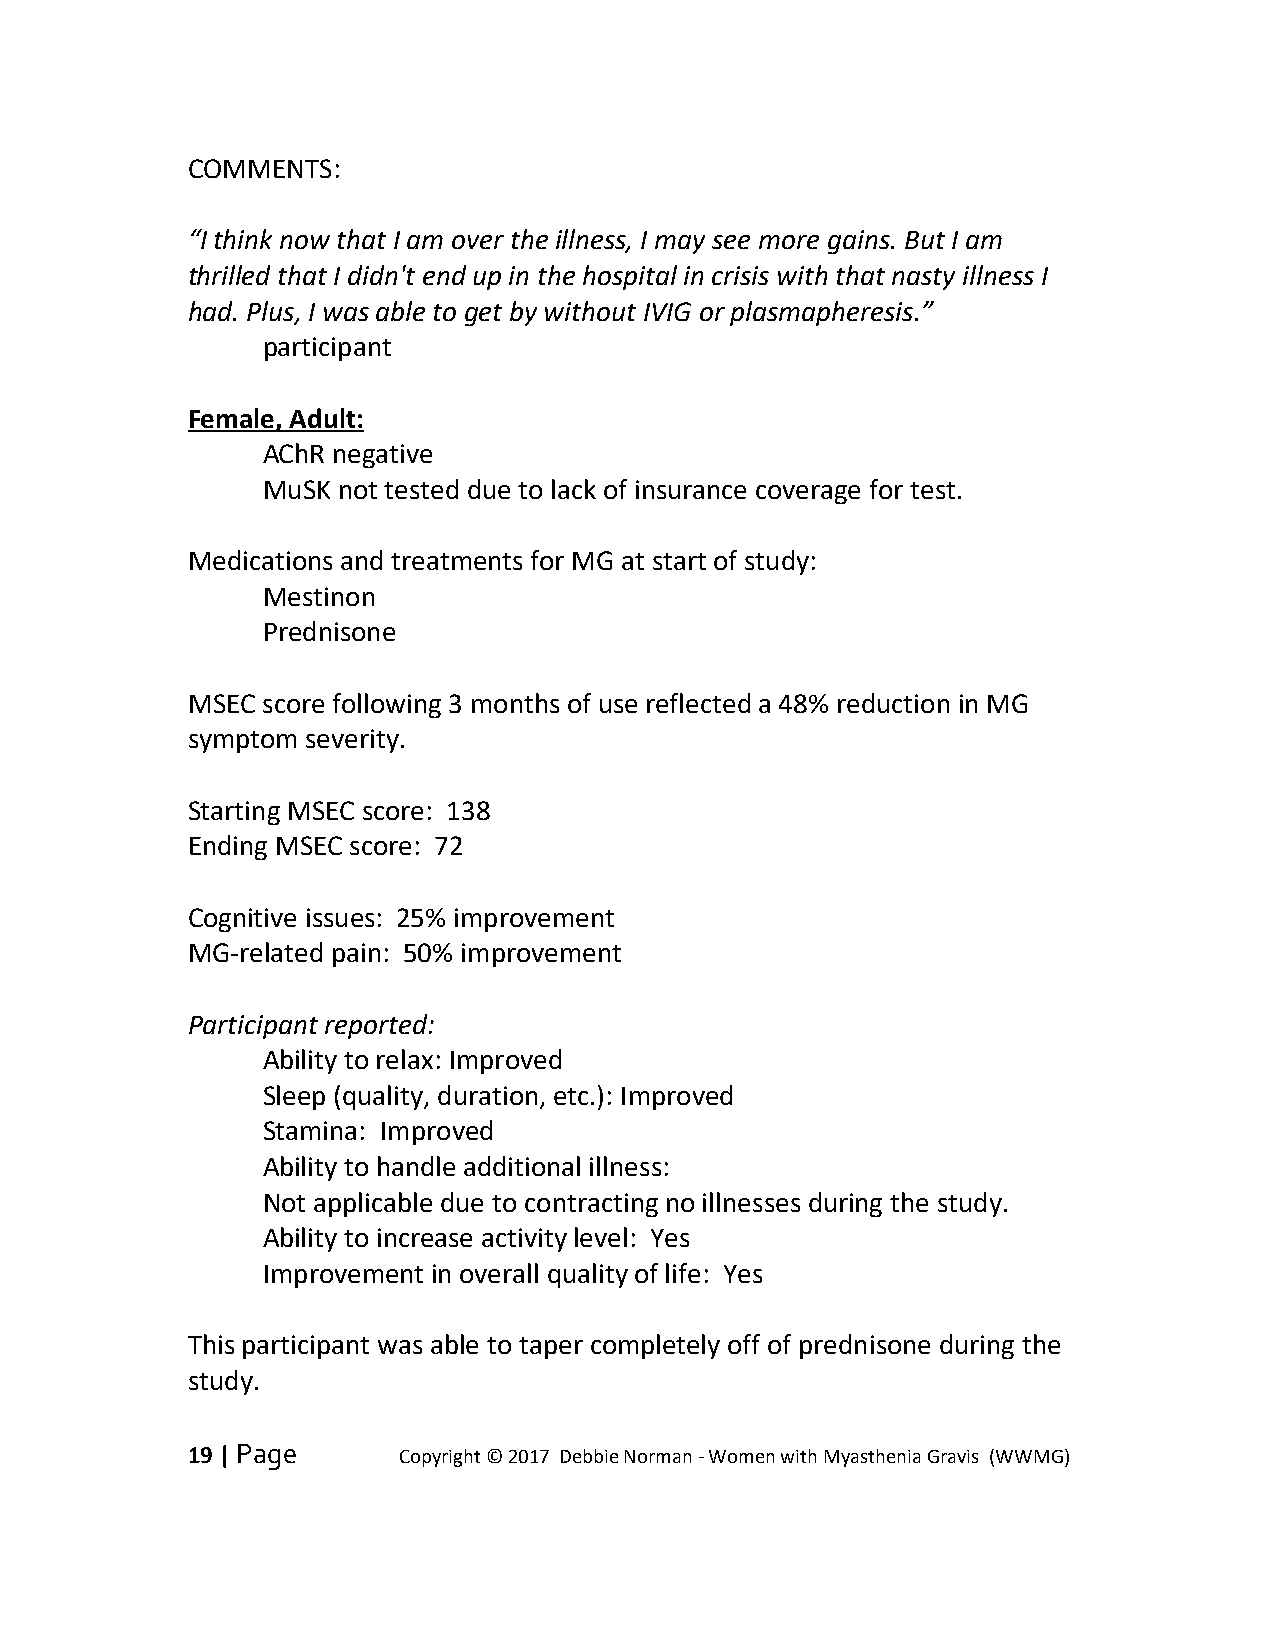
COMMENTS:
 “I think now that I am over the illness, I may see more gains. But I am
 thrilled that I didn't end up in the hospital in crisis with that nasty illness I
 had. Plus, I was able to get by without IVIG or plasmapheresis.”
 participant
 Female, Adult:
 AChR negative
 MuSK not tested due to lack of insurance coverage for test.
 Medications and treatments for MG at start of study:
 Mestinon
 Prednisone
 MSEC score following 3 months of use reflected a 48% reduction in MG
 symptom severity.
 Starting MSEC score: 138
 Ending MSEC score: 72
 Cognitive issues: 25% improvement
 MG-related pain: 50% improvement
 Participant reported:
 Ability to relax: Improved
 Sleep (quality, duration, etc.): Improved
 Stamina: Improved
 Ability to handle additional illness:
 Not applicable due to contracting no illnesses during the study.
 Ability to increase activity level: Yes
 Improvement in overall quality of life: Yes
 This participant was able to taper completely off of prednisone during the
 study.
 19 | Page     Copyright © 2017 Debbie Norman - Women with Myasthenia Gravis (WWMG)